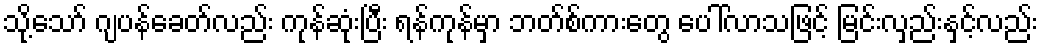
သို့သော် ဂျပန်ခေတ်လည်း ကုန်ဆုံးပြီး ရန်ကုန်မှာ ဘတ်စ်ကားတွေ ပေါ်လာသဖြင့် မြင်းလှည်းနှင့်လည်း